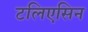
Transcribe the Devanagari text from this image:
टलिएसिन